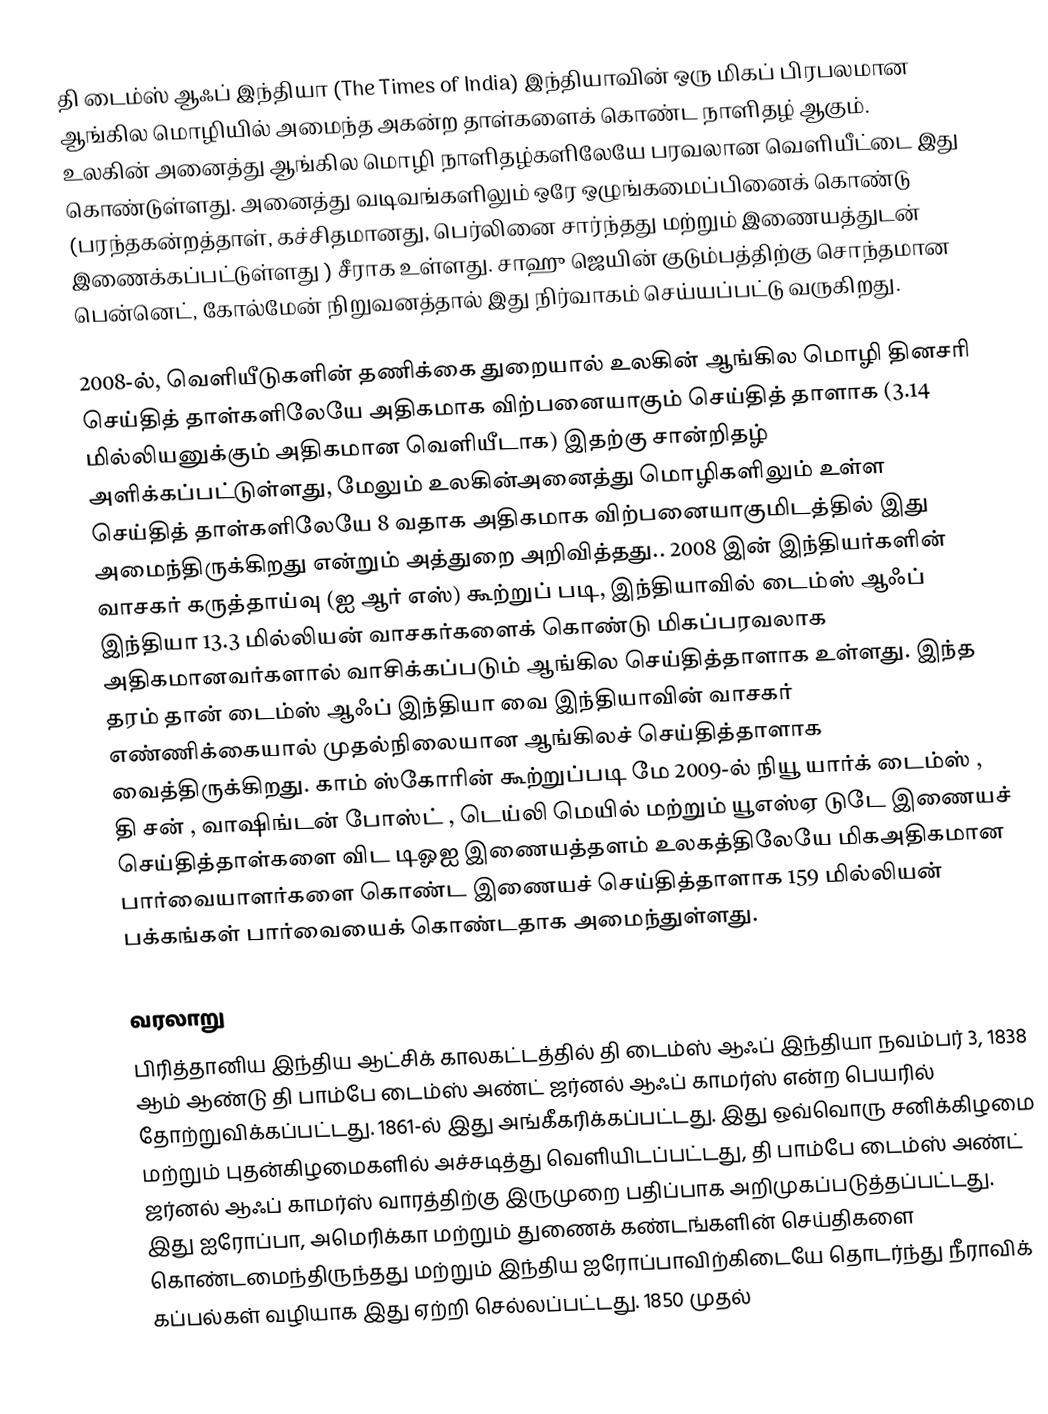
தி டைம்ஸ் ஆஃப் இந்தியா (The Times of India) இந்தியாவின் ஒரு மிகப் பிரபலமான ஆங்கில மொழியில் அமைந்த அகன்ற தாள்களைக் கொண்ட நாளிதழ் ஆகும். உலகின் அனைத்து ஆங்கில மொழி நாளிதழ்களிலேயே பரவலான வெளியீட்டை இது கொண்டுள்ளது. அனைத்து வடிவங்களிலும் ஒரே ஒழுங்கமைப்பினைக் கொண்டு (பரந்தகன்றத்தாள், கச்சிதமானது, பெர்லினை சார்ந்தது மற்றும் இணையத்துடன் இணைக்கப்பட்டுள்ளது ) சீராக உள்ளது. சாஹு ஜெயின் குடும்பத்திற்கு சொந்தமான பென்னெட், கோல்மேன் நிறுவனத்தால் இது நிர்வாகம் செய்யப்பட்டு வருகிறது.

2008-ல், வெளியீடுகளின் தணிக்கை துறையால் உலகின் ஆங்கில மொழி தினசரி செய்தித் தாள்களிலேயே அதிகமாக விற்பனையாகும் செய்தித் தாளாக (3.14 மில்லியனுக்கும் அதிகமான வெளியீடாக) இதற்கு சான்றிதழ் அளிக்கப்பட்டுள்ளது, மேலும் உலகின்அனைத்து மொழிகளிலும் உள்ள செய்தித் தாள்களிலேயே 8 வதாக அதிகமாக விற்பனையாகுமிடத்தில் இது அமைந்திருக்கிறது என்றும் அத்துறை அறிவித்தது.. 2008 இன் இந்தியர்களின் வாசகர் கருத்தாய்வு (ஐ ஆர் எஸ்) கூற்றுப் படி, இந்தியாவில் டைம்ஸ் ஆஃப் இந்தியா 13.3 மில்லியன் வாசகர்களைக் கொண்டு மிகப்பரவலாக அதிகமானவர்களால் வாசிக்கப்படும் ஆங்கில செய்தித்தாளாக உள்ளது. இந்த தரம் தான் டைம்ஸ் ஆஃப் இந்தியா வை இந்தியாவின் வாசகர் எண்ணிக்கையால் முதல்நிலையான ஆங்கிலச் செய்தித்தாளாக வைத்திருக்கிறது. காம் ஸ்கோரின் கூற்றுப்படி மே 2009-ல் நியூ யார்க் டைம்ஸ் , தி சன் , வாஷிங்டன் போஸ்ட் , டெய்லி மெயில் மற்றும் யூஎஸ்ஏ டுடே இணையச் செய்தித்தாள்களை விட டிஓஐ இணையத்தளம் உலகத்திலேயே மிகஅதிகமான பார்வையாளர்களை கொண்ட இணையச் செய்தித்தாளாக 159 மில்லியன் பக்கங்கள் பார்வையைக் கொண்டதாக அமைந்துள்ளது.

வரலாறு
பிரித்தானிய இந்திய ஆட்சிக் காலகட்டத்தில் தி டைம்ஸ் ஆஃப் இந்தியா நவம்பர் 3, 1838 ஆம் ஆண்டு தி பாம்பே டைம்ஸ் அண்ட் ஜர்னல் ஆஃப் காமர்ஸ் என்ற பெயரில் தோற்றுவிக்கப்பட்டது. 1861-ல் இது அங்கீகரிக்கப்பட்டது. இது ஒவ்வொரு சனிக்கிழமை மற்றும் புதன்கிழமைகளில் அச்சடித்து வெளியிடப்பட்டது, தி பாம்பே டைம்ஸ் அண்ட் ஜர்னல் ஆஃப் காமர்ஸ் வாரத்திற்கு இருமுறை பதிப்பாக அறிமுகப்படுத்தப்பட்டது. இது ஐரோப்பா, அமெரிக்கா மற்றும் துணைக் கண்டங்களின் செய்திகளை கொண்டமைந்திருந்தது மற்றும் இந்திய ஐரோப்பாவிற்கிடையே தொடர்ந்து நீராவிக் கப்பல்கள் வழியாக இது ஏற்றி செல்லப்பட்டது. 1850 முதல்